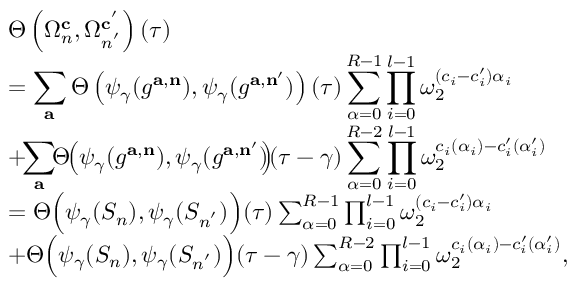
\begin{array} { r l } & { \Theta \left( \Omega _ { n } ^ { \mathbf { c } } , \Omega _ { n ^ { ' } } ^ { \mathbf { c } ^ { ' } } \right) ( \tau ) } \\ & { = \displaystyle \sum _ { \mathbf { a } } \Theta \left( { \psi _ { \gamma } } ( g ^ { \mathbf { a } , \mathbf { n } } ) , { \psi _ { \gamma } } ( g ^ { \mathbf { a } , \mathbf { n } ^ { \prime } } ) \right) ( \tau ) \sum _ { \alpha = 0 } ^ { R - 1 } \prod _ { i = 0 } ^ { l - 1 } \omega _ { 2 } ^ { ( c _ { i } - c _ { i } ^ { \prime } ) \alpha _ { i } } } \\ & { + \! \! \displaystyle \sum _ { \mathbf { a } } \! \! \Theta \! \! \left( { \psi _ { \gamma } } ( g ^ { \mathbf { a } , \mathbf { n } } ) , { \psi _ { \gamma } } ( g ^ { \mathbf { a } , \mathbf { n } ^ { \prime } } ) \! \! \right) \! \! ( \tau - \gamma ) \sum _ { \alpha = 0 } ^ { R - 2 } \prod _ { i = 0 } ^ { l - 1 } \omega _ { 2 } ^ { c _ { i } ( \alpha _ { i } ) - c _ { i } ^ { \prime } ( \alpha _ { i } ^ { \prime } ) } } \\ & { = \Theta \Big ( \psi _ { \gamma } ( S _ { n } ) , \psi _ { \gamma } ( S _ { n ^ { ' } } ) \Big ) ( \tau ) \sum _ { \alpha = 0 } ^ { R - 1 } \prod _ { i = 0 } ^ { l - 1 } \omega _ { 2 } ^ { ( c _ { i } - c _ { i } ^ { \prime } ) \alpha _ { i } } } \\ & { + \Theta \Big ( \psi _ { \gamma } ( S _ { n } ) , \psi _ { \gamma } ( S _ { n ^ { ' } } ) \Big ) ( \tau - \gamma ) \sum _ { \alpha = 0 } ^ { R - 2 } \prod _ { i = 0 } ^ { l - 1 } \omega _ { 2 } ^ { c _ { i } ( \alpha _ { i } ) - c _ { i } ^ { \prime } ( \alpha _ { i } ^ { \prime } ) } , } \end{array}